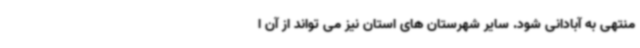
منتهی به آبادانی شود. سایر شهرستان های استان نیز می تواند از آن ا